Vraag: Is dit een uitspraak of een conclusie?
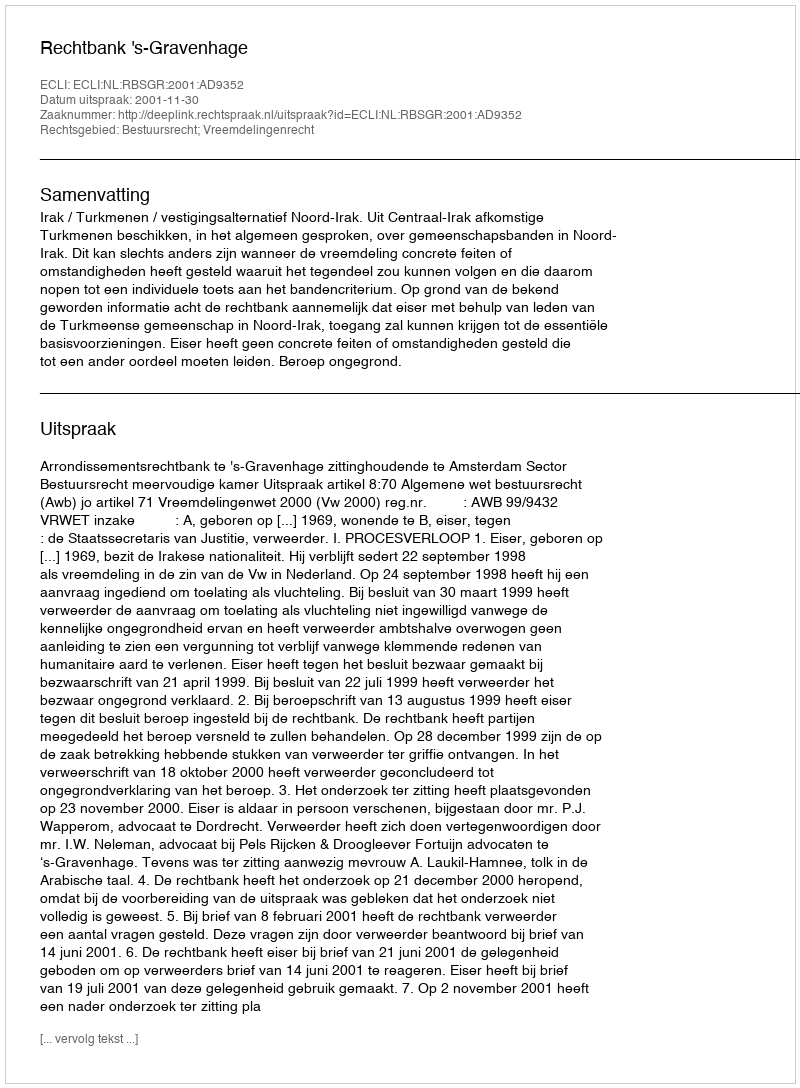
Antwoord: Uitspraak